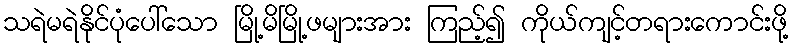
သရဲမရဲနိုင်ပုံပေါ်သော မြို့မိမြို့ဖများအား ကြည့်၍ ကိုယ်ကျင့်တရားကောင်းဖို့